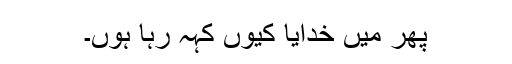
پھر میں خدایا کیوں کہہ رہا ہوں۔